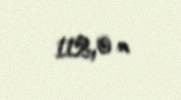
112,0 m